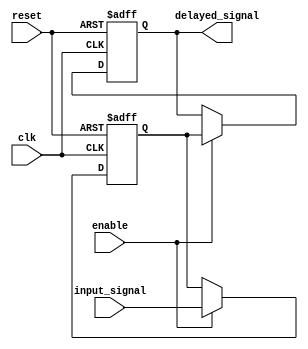
module Latch_Delay (
  input wire clk,
  input wire reset,
  input wire enable,
  input wire input_signal,
  output reg delayed_signal
);

reg latch;

always @(posedge clk or posedge reset) begin
  if (reset) begin
    latch <= 0;
    delayed_signal <= 0;
  end else begin
    if (enable) begin
      latch <= input_signal;
      delayed_signal <= latch;
    end
  end
end

endmodule